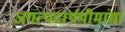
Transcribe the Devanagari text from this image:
जगत्पदार्थमीमांसा